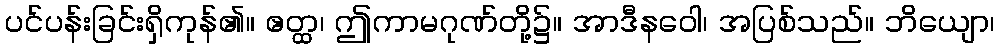
ပင်ပန်းခြင်းရှိကုန်၏။ ဧတ္ထ၊ ဤကာမဂုဏ်တို့၌။ အာဒီနဝေါ၊ အပြစ်သည်။ ဘိယျော၊